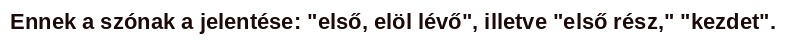
Ennek a szónak a jelentése: "első, elöl lévő", illetve "első rész," "kezdet".